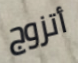
أتزوج